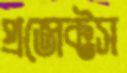
প্রজেক্টস